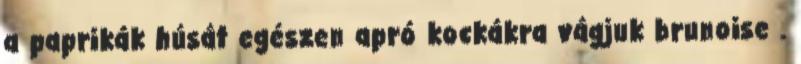
a paprikák húsát egészen apró kockákra vágjuk brunoise .